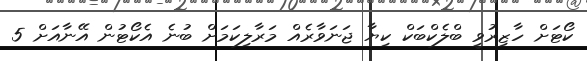
ކޯޓަށް ހާޒިރުވީ ބްލެކްބަކް ކިޔާ ޖަނަވާރެއް މަރާލިކަމަށް ބުނެ އެކޯޓުން އޭނާއަށް 5